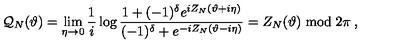
{ \cal Q } _ { N } ( \vartheta ) = \mathop { \lim } _ { \eta \rightarrow 0 } \frac { 1 } { i } \log \frac { 1 + ( - 1 ) ^ { \delta } e ^ { i Z _ { N } ( \vartheta + i \eta ) } } { ( - 1 ) ^ { \delta } + e ^ { - i Z _ { N } ( \vartheta - i \eta ) } } = Z _ { N } ( \vartheta ) \bmod 2 \pi \: ,